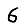
Digit: 6